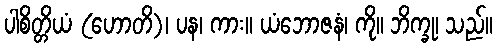
ပါစိတ္တိယံ (ဟောတိ)၊ ပန၊ ကား။ ယံဘောဇနံ၊ ကို။ ဘိက္ခု၊ သည်။